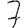
Digit: 7